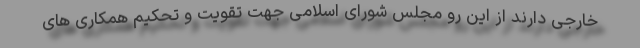
خارجی دارند از این رو مجلس شورای اسلامی جهت تقویت و تحکیم همکاری های